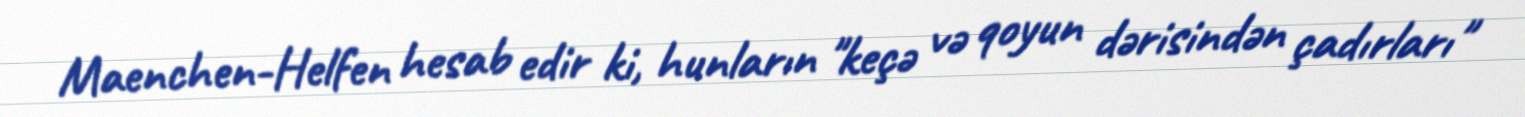
Maenchen-Helfen hesab edir ki, hunların "keçə və qoyun dərisindən çadırları"